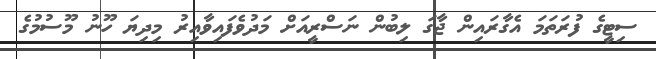
ސިޓީގެ ފުރަތަމަ އެގާރައިން ޖާގަ ލިބުން ނަސްރީއަށް މަދުވެފައިވާއިރު މިދިޔަ ހޫނު މޫސުމުގެ